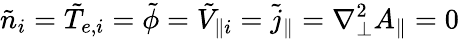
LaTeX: \tilde{n}_{i}=\tilde{T}_{e,i}=\tilde{\phi}=\tilde{V}_{\parallel i}=\tilde{j}_{\parallel}=\nabla_{\perp}^{2}A_{\parallel}=0